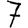
Digit: 7